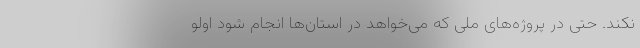
نکند. حتی در پروژه‌های ملی که می‌خواهد در استان‌ها انجام شود اولو